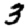
Digit: 3